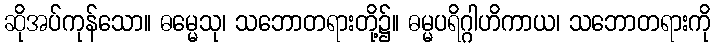
ဆိုအပ်ကုန်သော။ ဓမ္မေသု၊ သဘောတရားတို့၌။ ဓမ္မပရိဂ္ဂါဟိကာယ၊ သဘောတရားကို